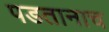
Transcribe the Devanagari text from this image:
पडतानाच